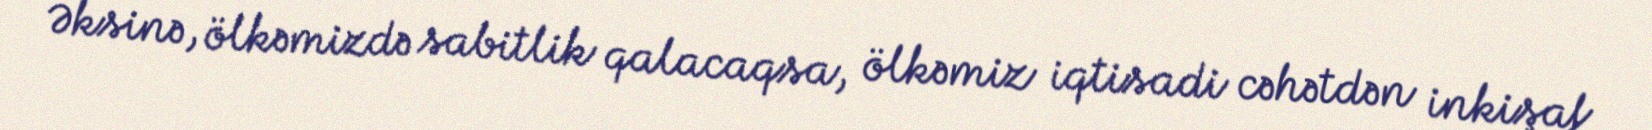
Əksinə, ölkəmizdə sabitlik qalacaqsa, ölkəmiz iqtisadi cəhətdən inkişaf